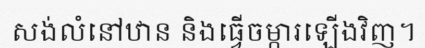
សង់លំនៅឋាន និងធ្វើចម្ការឡើងវិញ។